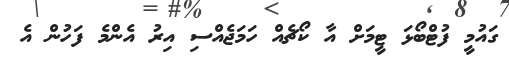
ގައުމީ ފުޓްބޯޅަ ޓީމަށް އާ ކޯޗެއް ހަމަޖެއްސި އިރު އެންމެ ފަހުން އެ